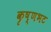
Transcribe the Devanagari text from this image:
कृष्णभट